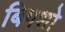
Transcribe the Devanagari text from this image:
बिगशो